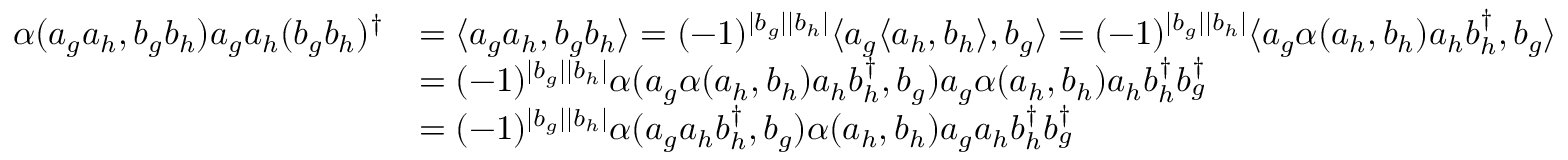
\begin{array} { r l } { \alpha ( a _ { g } a _ { h } , b _ { g } b _ { h } ) a _ { g } a _ { h } ( b _ { g } b _ { h } ) ^ { \dagger } } & { = \langle a _ { g } a _ { h } , b _ { g } b _ { h } \rangle = ( - 1 ) ^ { | b _ { g } | | b _ { h } | } \langle a _ { g } \langle a _ { h } , b _ { h } \rangle , b _ { g } \rangle = ( - 1 ) ^ { | b _ { g } | | b _ { h } | } \langle a _ { g } \alpha ( a _ { h } , b _ { h } ) a _ { h } b _ { h } ^ { \dagger } , b _ { g } \rangle } \\ & { = ( - 1 ) ^ { | b _ { g } | | b _ { h } | } \alpha ( a _ { g } \alpha ( a _ { h } , b _ { h } ) a _ { h } b _ { h } ^ { \dagger } , b _ { g } ) a _ { g } \alpha ( a _ { h } , b _ { h } ) a _ { h } b _ { h } ^ { \dagger } b _ { g } ^ { \dagger } } \\ & { = ( - 1 ) ^ { | b _ { g } | | b _ { h } | } \alpha ( a _ { g } a _ { h } b _ { h } ^ { \dagger } , b _ { g } ) \alpha ( a _ { h } , b _ { h } ) a _ { g } a _ { h } b _ { h } ^ { \dagger } b _ { g } ^ { \dagger } } \end{array}